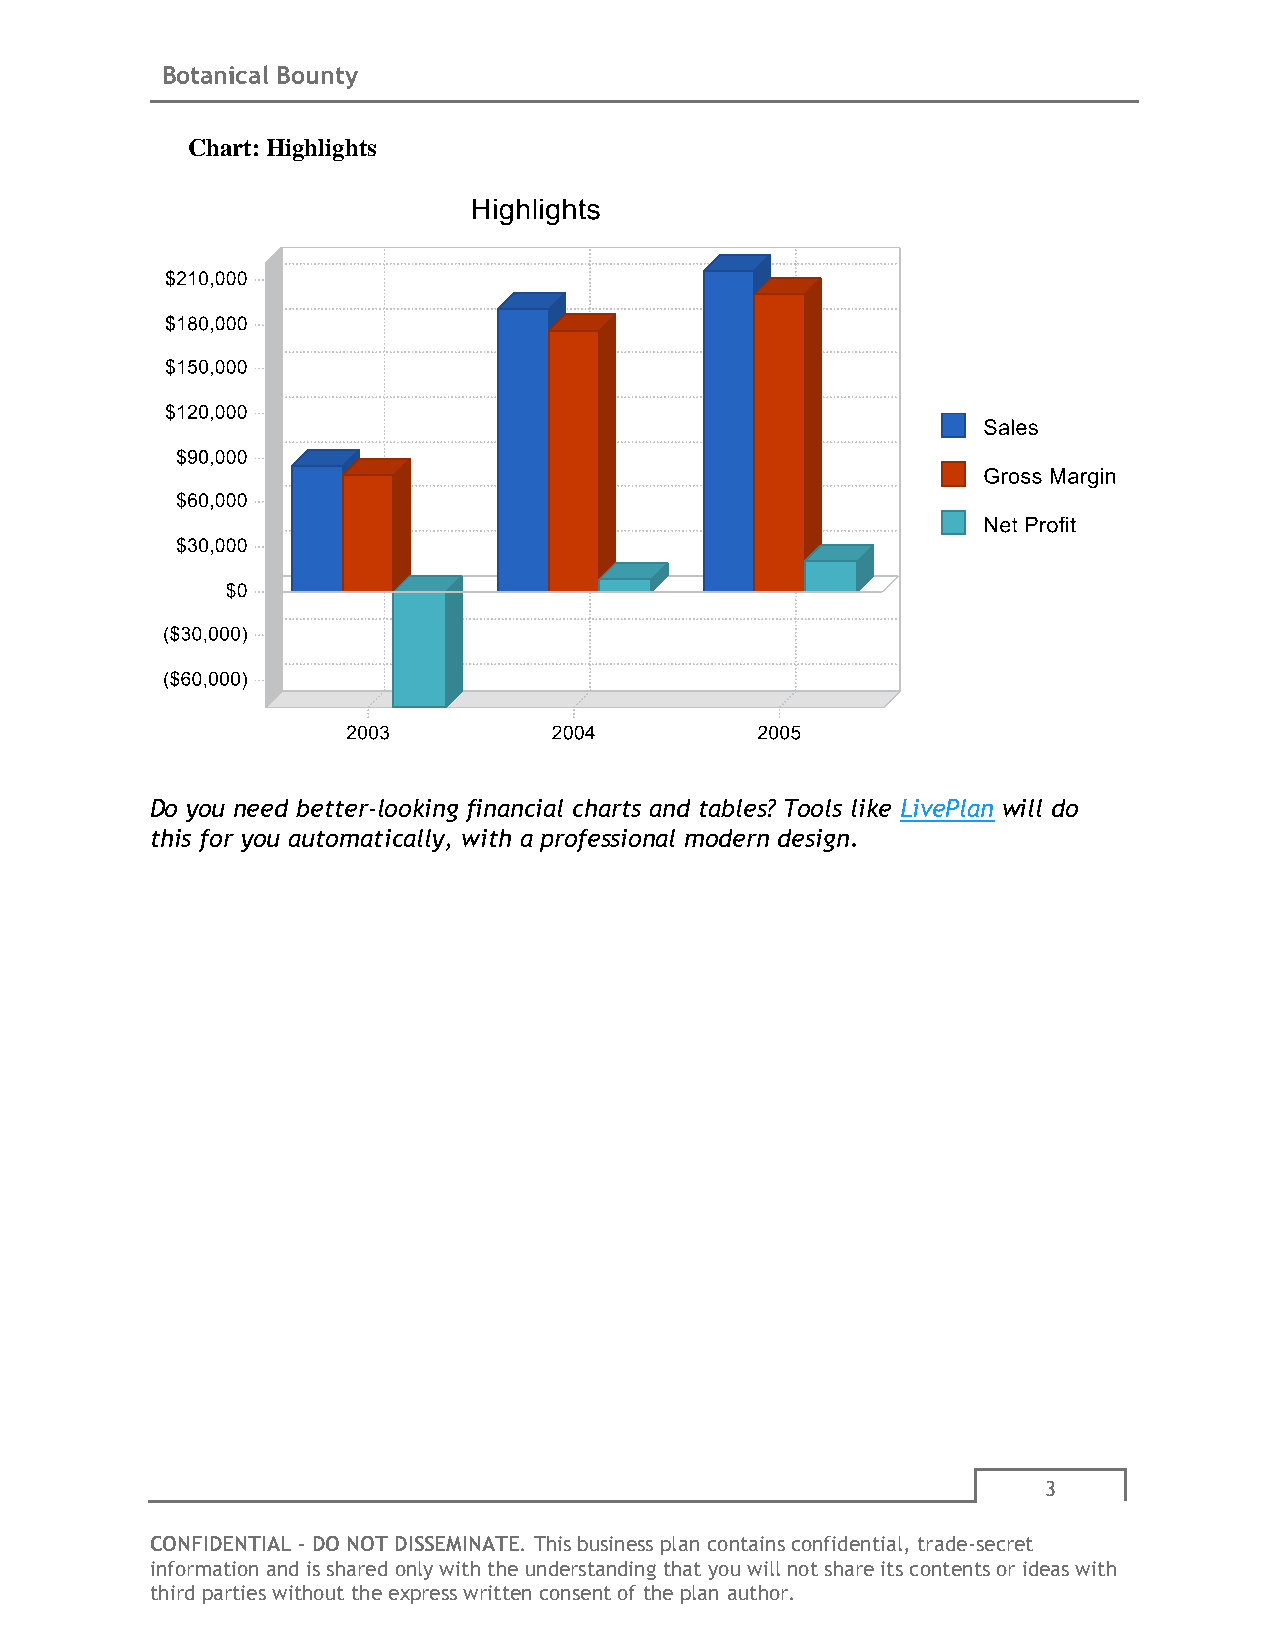
Botanical Bounty
 Chart: Highlights
 Do you need better-looking financial charts and tables? Tools like LivePlan will do
 this for you automatically, with a professional modern design.
 3
 CONFIDENTIAL - DO NOT DISSEMINATE. This business plan contains confidential, trade-secret
 information and is shared only with the understanding that you will not share its contents or ideas with
 third parties without the express written consent of the plan author.